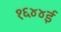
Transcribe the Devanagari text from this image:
१६४४ई